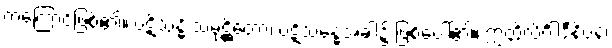
ကံကြောင့်ဖြစ်၏။ ပဋိသန္ဓိ သမုဋ္ဌိတော၊ ပဋိသန္ဓေအခါ၌ ဖြစ်ပေါ်၏။ ဣတ္ထိလိင်္ဂါဒီနိပန၊